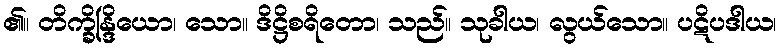
၏။ တိက္ခ္ခိန္ဒြိယော၊ သော။ ဒိဋ္ဌိစရိတော၊ သည်။ သုခါယ၊ လွယ်သော။ ပဋိပဒါယ၊